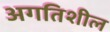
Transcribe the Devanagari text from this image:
अगतिशील